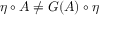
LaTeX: \eta \circ A \neq G ( A ) \circ \eta